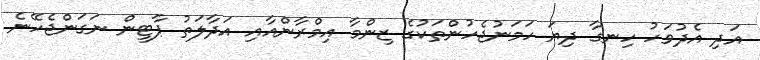
އަދި އެދުވަހު ހިނގާ ދިޔަ ހަމަނުޖެހުންތަކުގެ ޒިންމާ އިމްރާންއާއި އަދާލަތު ޕާޓީން ނަގަންޖެހޭނެ